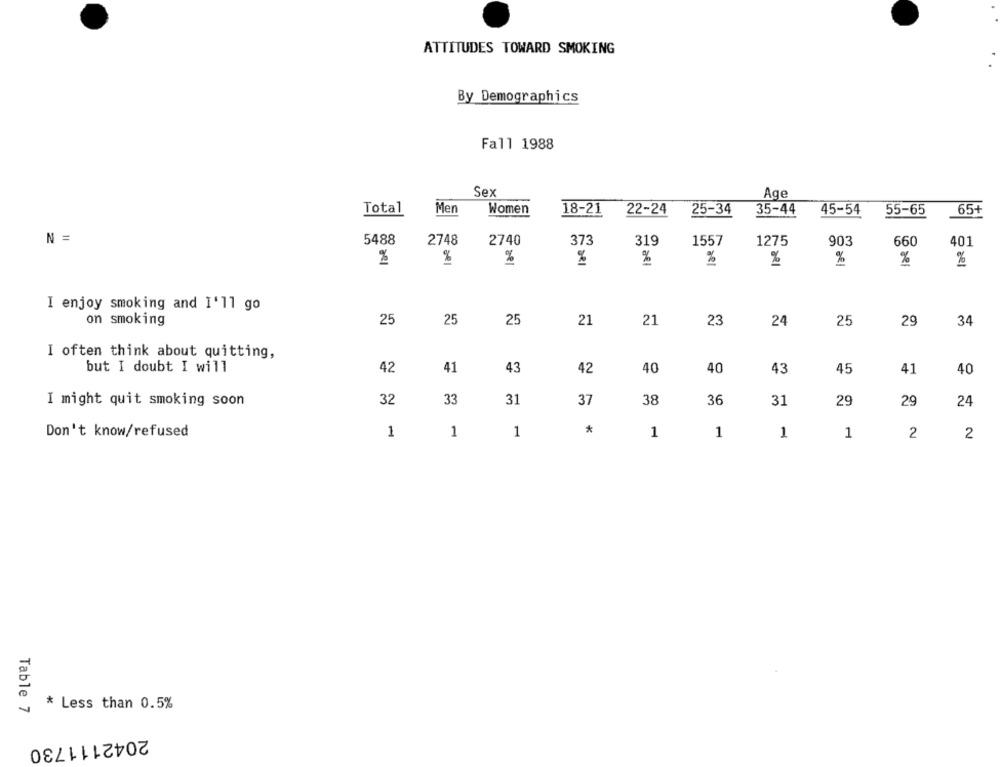
ATTITUDES TOWARD SMOKING
By Demographics
Fall 1988
Sex
Age
Total
Men
Women
18-21
22-24
25-34
35-44
45-54
55-65
65+
N =
5488
lae
2748
2740
373
319
1557
1275
903
660
401
%
%
%
%
%
%
%
%
I enjoy smoking and I'll go
on smoking
25
25
25
21
21
23
24
25
29
34
I often think about quitting,
but I doubt I will
42
41
43
42
40
40
43
45
41
40
33
36
I might quit smoking soon
32
31
37
38
31
29
29
24
*
Don't know/refused
1
1
1
1
1
1
1
2
2
* Less than 0.5%
Table 7
2042111730